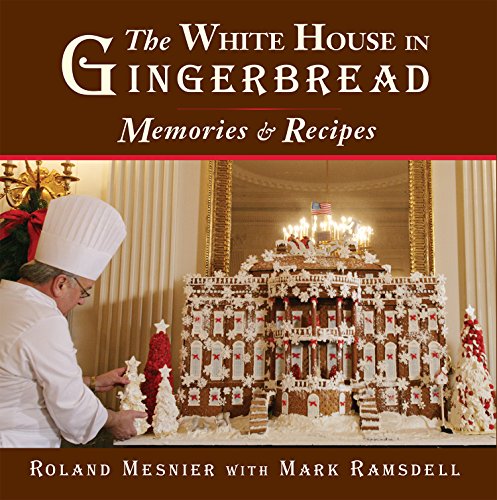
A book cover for The White House in Gingerbread:: Memories and Recipes; Roland Mesnier; Cookbooks, Food & Wine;